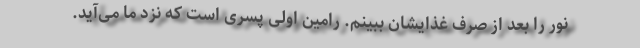
نور را بعد از صرف غذایشان ببینم. رامین اولی پسری است که نزد ما می‌آید.